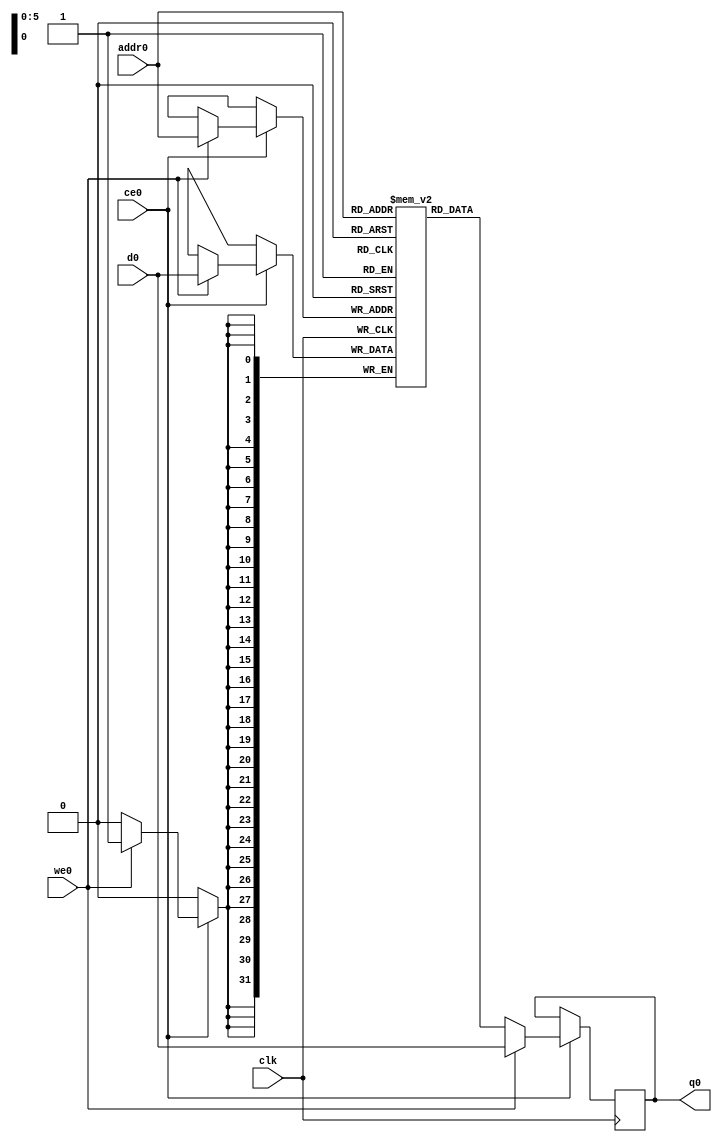
// ==============================================================
// File generated by Vivado(TM) HLS - High-Level Synthesis from C, C++ and SystemC
// Version: 2018.2
// Copyright (C) 1986-2018 Xilinx, Inc. All Rights Reserved.
// 
// ==============================================================

`timescale 1 ns / 1 ps
module atax_buff_x_ram (addr0, ce0, d0, we0, q0,  clk);

parameter DWIDTH = 32;
parameter AWIDTH = 6;
parameter MEM_SIZE = 64;

input[AWIDTH-1:0] addr0;
input ce0;
input[DWIDTH-1:0] d0;
input we0;
output reg[DWIDTH-1:0] q0;
input clk;

(* ram_style = "block" *)reg [DWIDTH-1:0] ram[0:MEM_SIZE-1];




always @(posedge clk)  
begin 
    if (ce0) 
    begin
        if (we0) 
        begin 
            ram[addr0] <= d0; 
            q0 <= d0;
        end 
        else 
            q0 <= ram[addr0];
    end
end


endmodule


`timescale 1 ns / 1 ps
module atax_buff_x(
    reset,
    clk,
    address0,
    ce0,
    we0,
    d0,
    q0);

parameter DataWidth = 32'd32;
parameter AddressRange = 32'd64;
parameter AddressWidth = 32'd6;
input reset;
input clk;
input[AddressWidth - 1:0] address0;
input ce0;
input we0;
input[DataWidth - 1:0] d0;
output[DataWidth - 1:0] q0;



atax_buff_x_ram atax_buff_x_ram_U(
    .clk( clk ),
    .addr0( address0 ),
    .ce0( ce0 ),
    .we0( we0 ),
    .d0( d0 ),
    .q0( q0 ));

endmodule